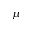
\mu